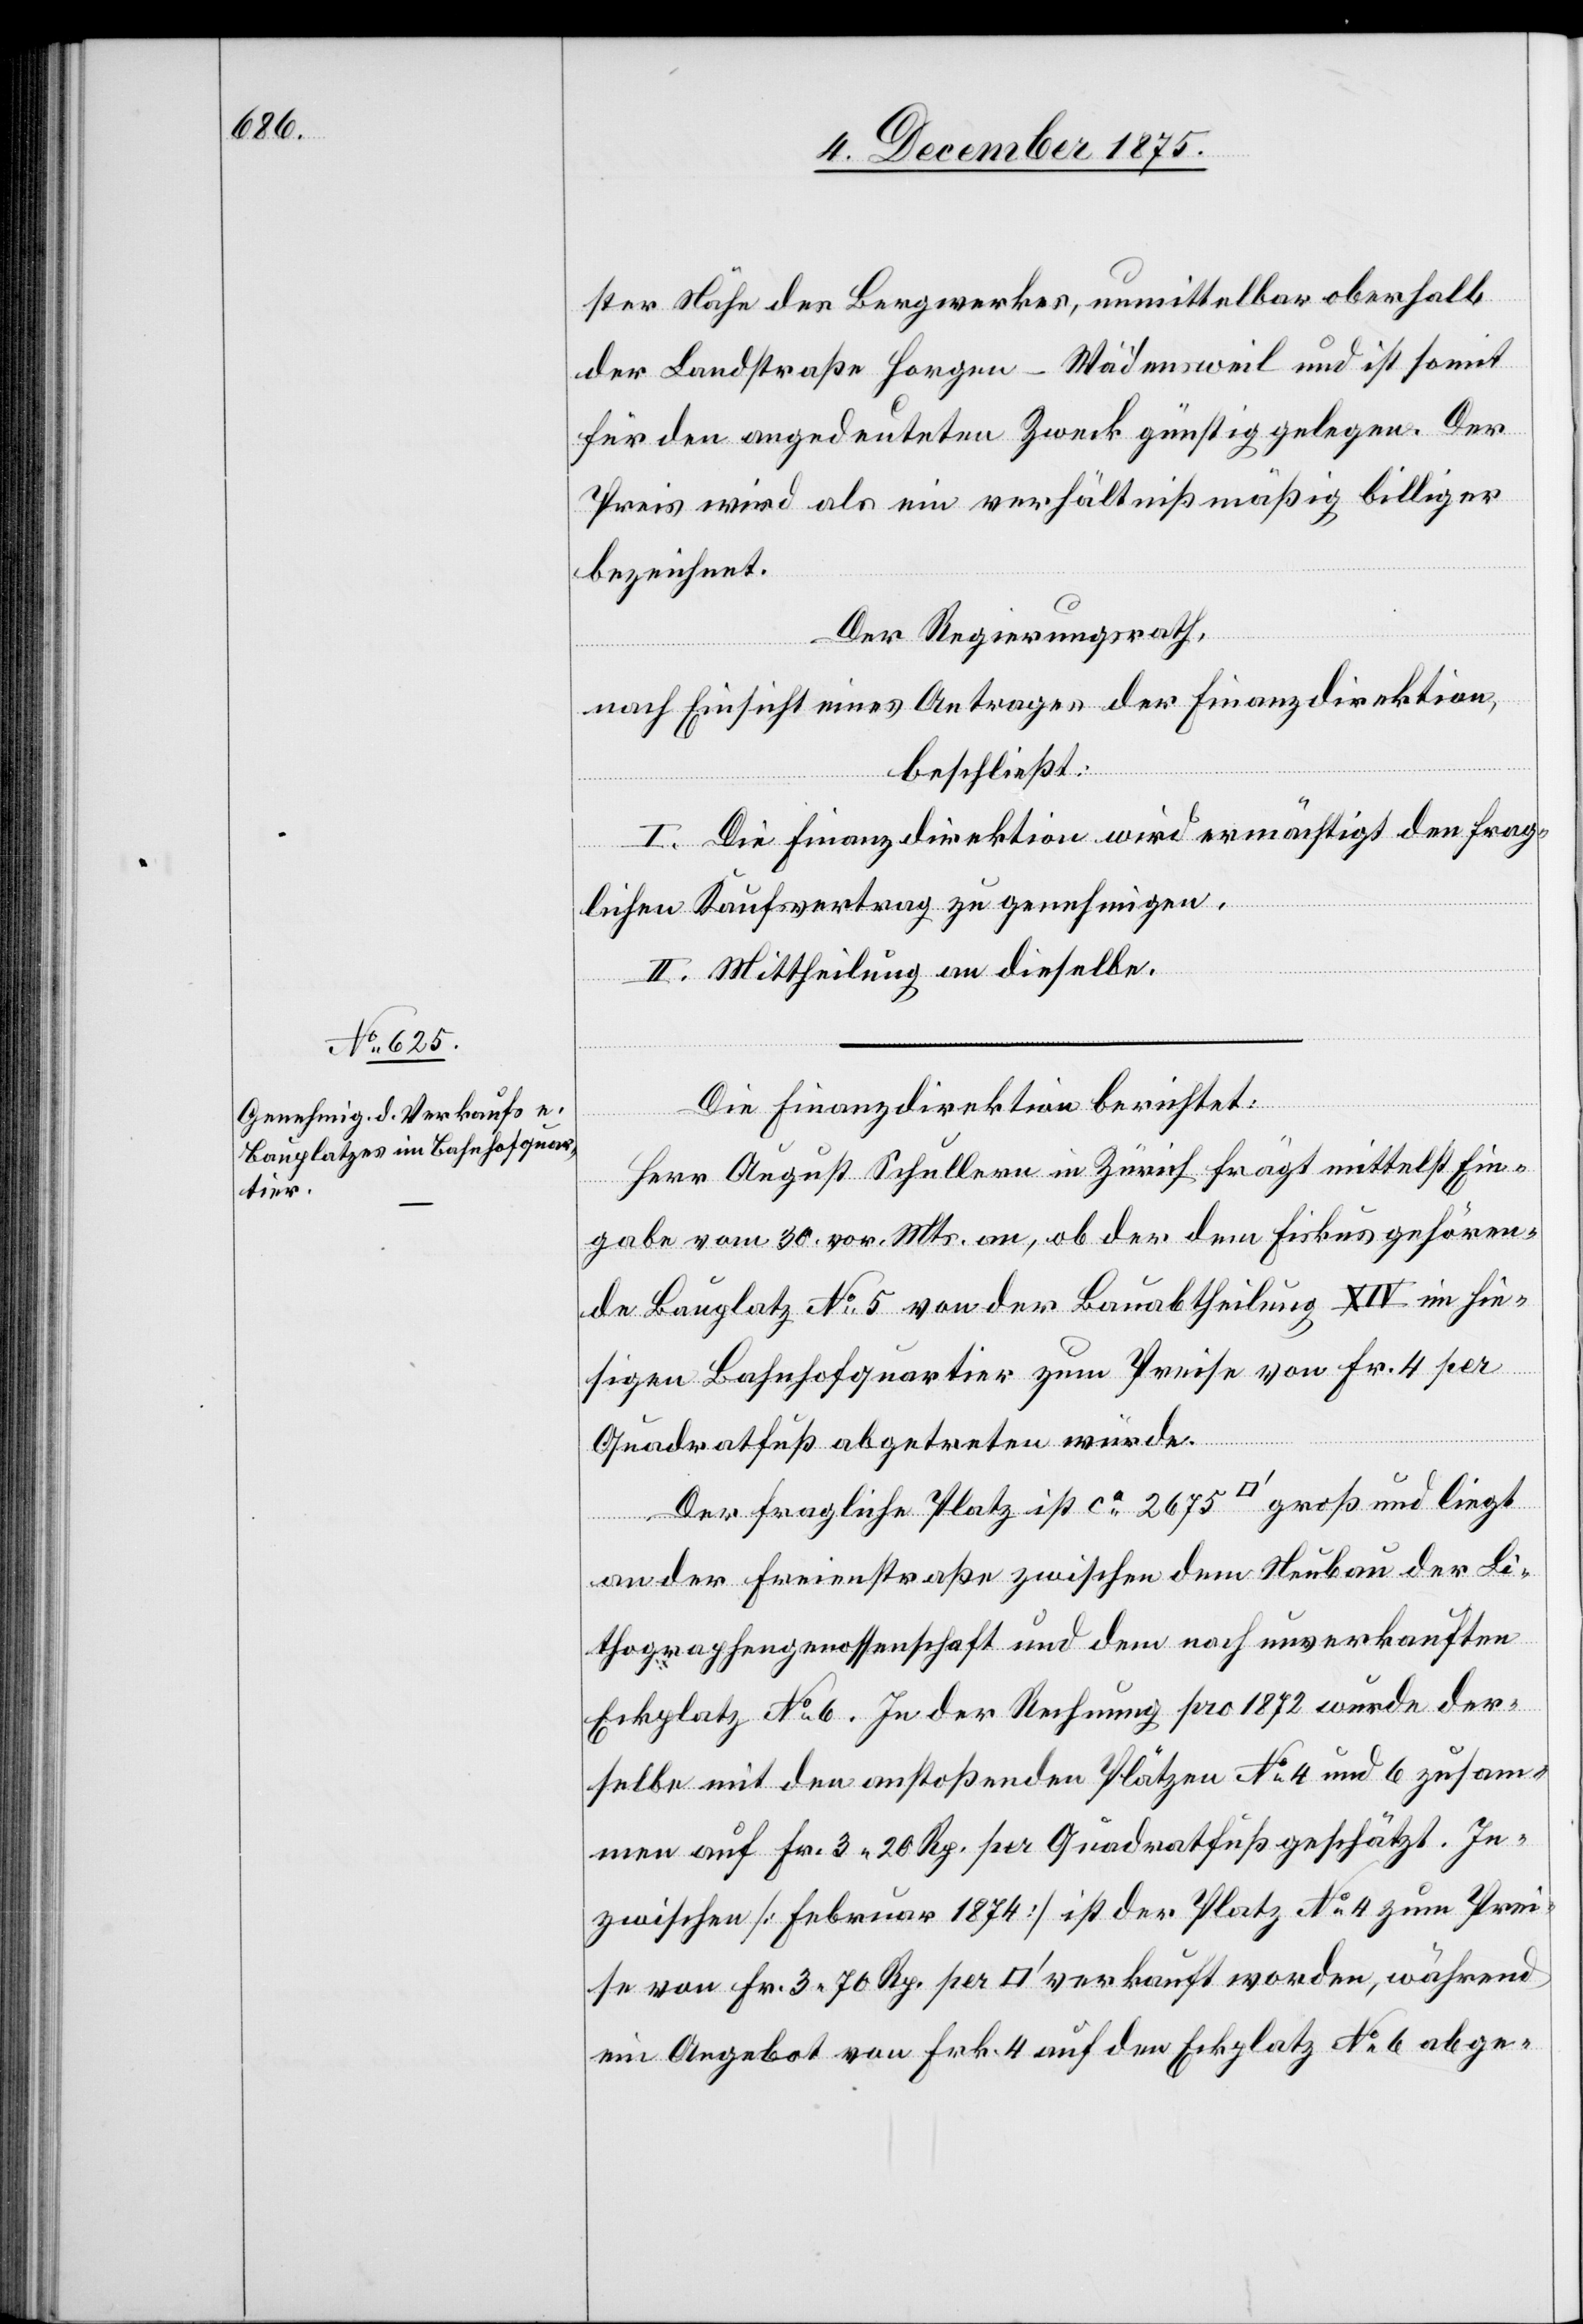
ster Nähe des Bergwerkes, unmittelbar oberhalb
der Landstraße Horgen–Wädensweil und ist somit
für den angedeuteten Zweck günstig gelegen. Der
Preis wird als ein verhältnißmäßig billiger
bezeichnet.
Der Regierungsrath,
nach Einsicht eines Antrages der Finanzdirektion,
beschließt:
I. Die Finanzdirektion wird ermächtigt den frag¬
lichen Kaufsvertrag zu genehmigen.
II. Mittheilung an dieselbe.
Die Finanzdirektion berichtet:
Herr August Schullern in Zürich frägt mittelst Ein¬
gabe vom 30. vor. Mts. an, ob der dem Fiskus gehören¬
de Bauplatz No 5 von der Bauabtheilung XIV im hie¬
sigen Bahnhofquartier zum Preise von Fr. 4 per
Quadratfuß abgetreten würde.
Der fragliche Platz ist ca 2675 [Quadratfuß] groß und liegt
an der Freienstraße zwischen dem Neubau der Li¬
thographengenossenschaft und dem noch unverkauften
Eckplatz No 6. In der Rechnung pro 1872 wurde der¬
selbe mit den anstoßenden Plätzen No 4 und 6 zusam¬
men auf Fr. 3 20 Rp. per [Quadratfuß] geschätzt. In¬
zwischen [Februar 1874] ist der Platz No4 zum Prei¬
se von Fr. 3 70 per [Quadratfuß] verkauft worden, während
ein Angebot von Frk. 4 auf den Eckplatz No 6 abge-